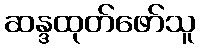
ဆန္ဒထုတ်ဖော်သူ